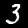
Label: 3